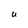
Character: U